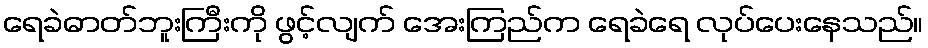
ရေခဲဓာတ်ဘူးကြီးကို ဖွင့်လျက် အေးကြည်က ရေခဲရေ လုပ်ပေးနေသည်။